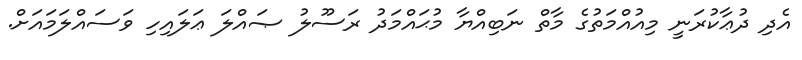
އެދި ދުޢާކުރަނީ މިއުއްމަތުގެ މާތް ނަބިއްޔާ މުޙައްމަދު ރަސޫލު ޞައްލަ ޢަލައިހި ވަސައްލަމައަށް.